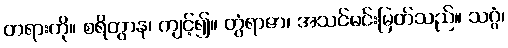
တရားကို။ စရိတွာန၊ ကျင့်၍။ တွံရာဇာ၊ အသင်မင်းမြတ်သည်။ သဂ္ဂံ၊